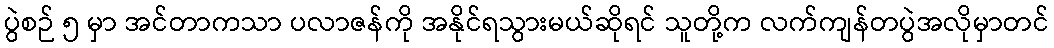
ပွဲစဉ် ၅ မှာ အင်တာကသာ ပလာဇန်ကို အနိုင်ရသွားမယ်ဆိုရင် သူတို့က လက်ကျန်တပွဲအလိုမှာတင်